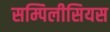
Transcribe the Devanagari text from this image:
सम्पिलीसियस